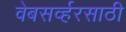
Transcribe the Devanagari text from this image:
वेबसर्व्हरसाठी